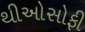
થીઓસોફી